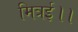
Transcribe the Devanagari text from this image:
मित्रई।।